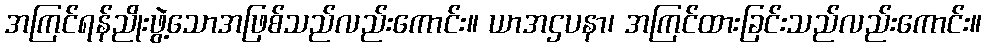
အကြင်ရန်ညိုးဖွဲ့သောအဖြစ်သည်လည်းကောင်း။ ယာအဌပနာ၊ အကြင်ထားခြင်းသည်လည်းကောင်း။